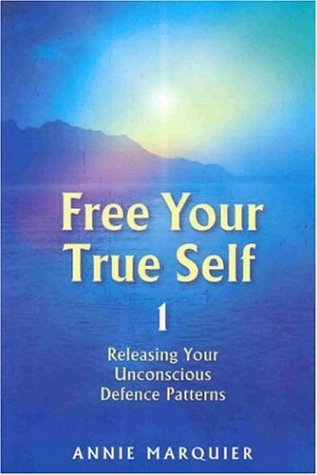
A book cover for Free Your True Self 1: Releasing Your Unconcious Defence Patterns; Annie Marquier; Self-Help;